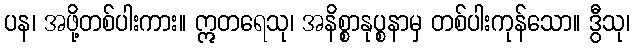
ပန၊ အဖို့တစ်ပါးကား။ ဣတရေသု၊ အနိစ္စာနုပ္စနာမှ တစ်ပါးကုန်သော။ ဒွီသု၊